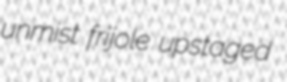
unmist frijole upstaged